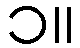
၁။